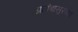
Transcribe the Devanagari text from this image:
प्रलंबासुरवध